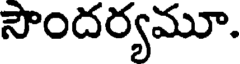
సౌందర్యమూ.